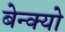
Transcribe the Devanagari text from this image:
बेन्क्यो